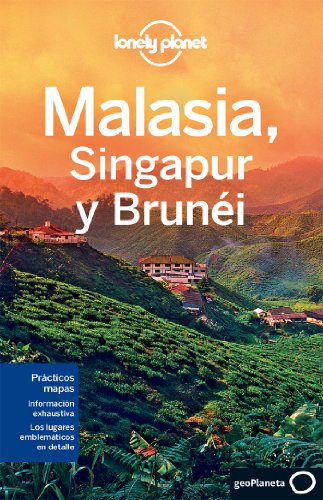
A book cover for Lonely Planet Malasia, Singapur y Brunei (Travel Guide) (Spanish Edition); Lonely Planet; Travel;